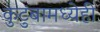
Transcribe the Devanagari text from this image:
कुटुंबामध्येही